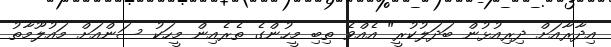
އިދާރާއަށް ދިރިއުޅުން ބަދަލުކުރީ" އެއްވެ ތިބި މީހުންގެ ތެރެއިން މީހަކު ސަންއަށް މައުލޫމާތު